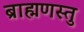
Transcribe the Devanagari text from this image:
ब्राह्मणस्तु